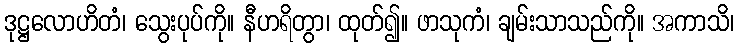
ဒုဋ္ဌလောဟိတံ၊ သွေးပုပ်ကို။ နီဟရိတွာ၊ ထုတ်၍။ ဖာသုကံ၊ ချမ်းသာသည်ကို။ အကာသိ၊